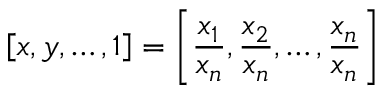
\left[ { \mathfrak { x } } , { \mathfrak { y } } , \dots , 1 \right] = \left[ { \frac { x _ { 1 } } { x _ { n } } } , { \frac { x _ { 2 } } { x _ { n } } } , \dots , { \frac { x _ { n } } { x _ { n } } } \right]